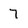
Character: 7